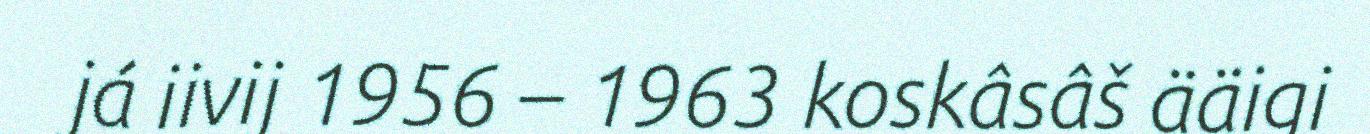
já iivij 1956 – 1963 koskâsâš ääigi